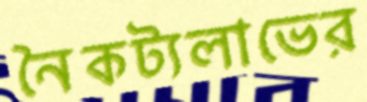
নৈকট্যলাভের